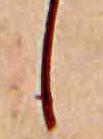
し